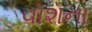
વૉશના